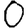
Digit: 0